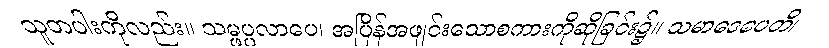
သူတပါးကိုလည်း။ သမ္ဖပ္ပလာပေ၊ အပြိန်အဖျင်းသောစကားကိုဆိုခြင်း၌။ သမာဒေပေတိ၊